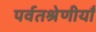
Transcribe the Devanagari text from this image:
पर्वतश्रेणीयाँ